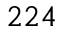
2 2 4